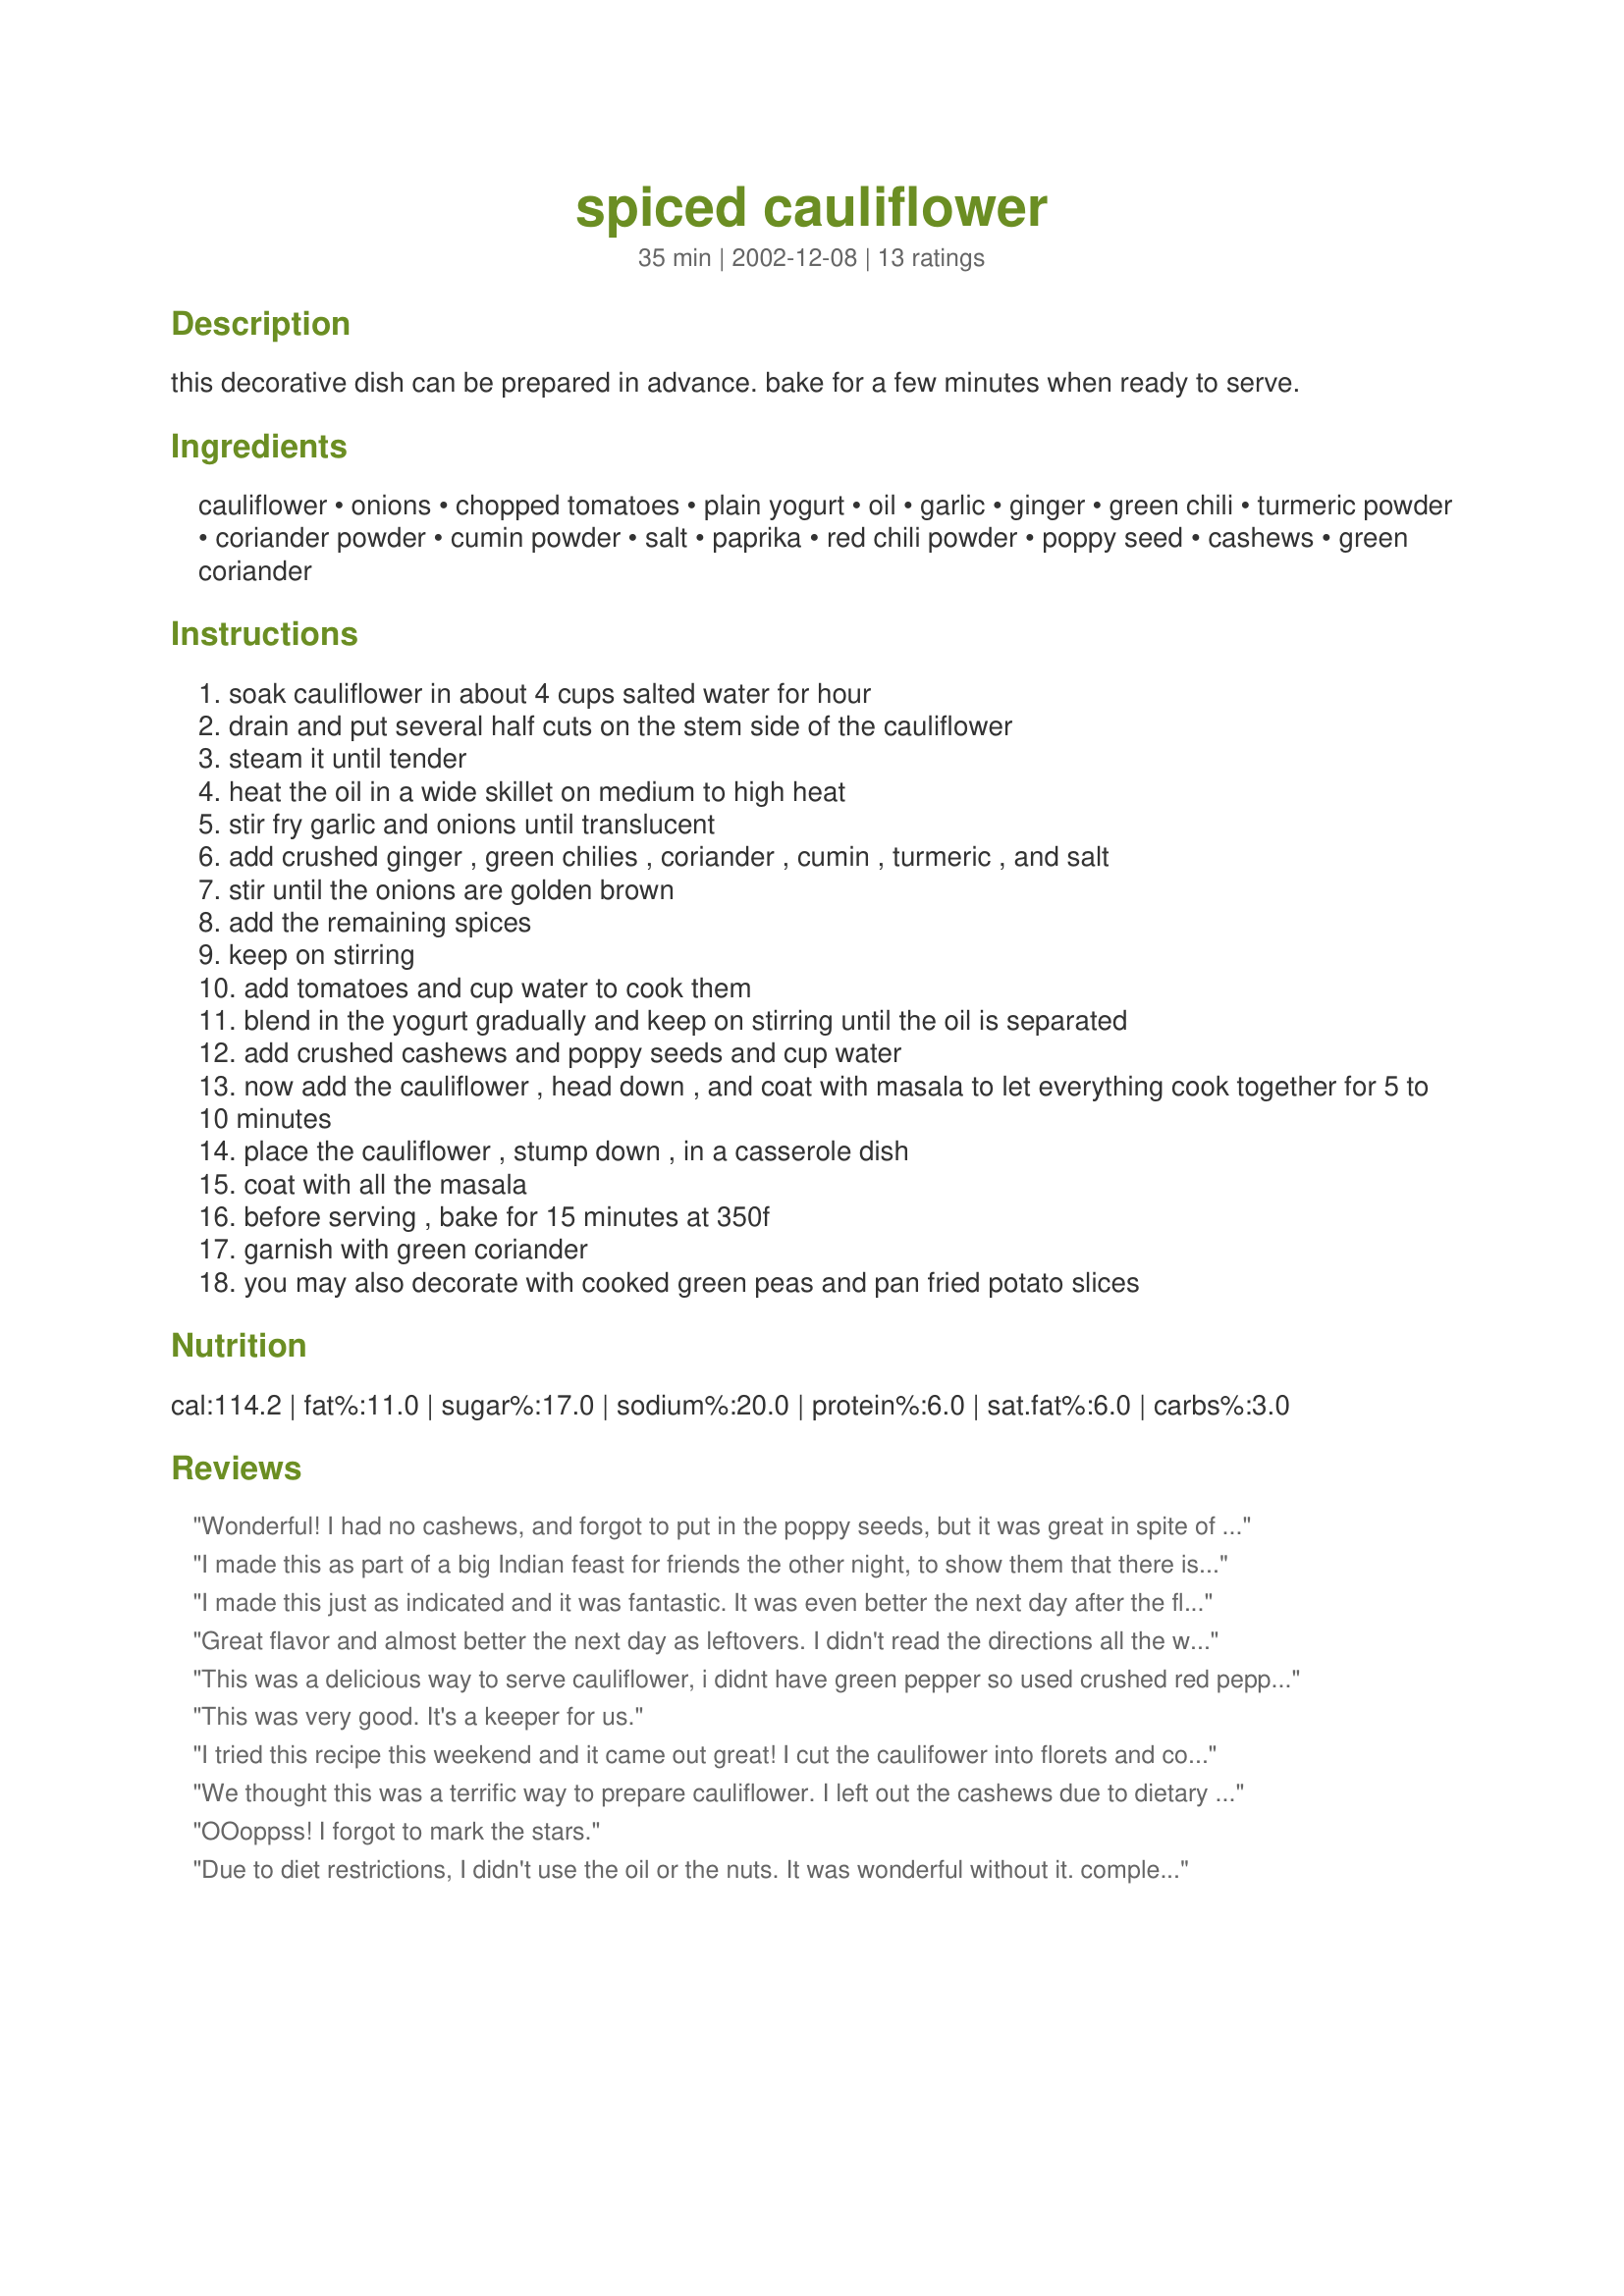
spiced cauliflower
Preparation time: 35 minutes

this decorative dish can be prepared in advance. bake for a few minutes when ready to serve.

Ingredients:
cauliflower, onions, chopped tomatoes, plain yogurt, oil, garlic, ginger, green chili, turmeric powder, coriander powder, cumin powder, salt, paprika, red chili powder, poppy seed, cashews, green coriander

Steps:
soak cauliflower in about 4 cups salted water for hour
drain and put several half cuts on the stem side of the cauliflower
steam it until tender
heat the oil in a wide skillet on medium to high heat
stir fry garlic and onions until translucent
add crushed ginger , green chilies , coriander , cumin , turmeric , and salt
stir until the onions are golden brown
add the remaining spices
keep on stirring
add tomatoes and cup water to cook them
blend in the yogurt gradually and keep on stirring until the oil is separated
add crushed cashews and poppy seeds and cup water
now add the cauliflower , head down , and coat with masala to let everything cook together for 5 to 10 minutes
place the cauliflower , stump down , in a casserole dish
coat with all the masala
before serving , bake for 15 minutes at 350f
garnish with green coriander
you may also decorate with cooked green peas and pan fried potato slices

Reviews:
Wonderful! I had no cashews, and forgot to put in the poppy seeds, but it was great in spite of this. This is a really hearty dish and could be served with brown rice as a meal.
I made this as part of a big Indian feast for friends the other night, to show them that there is more to Indian food than butter chicken! Everyone asked for the recipe and was amazed(?) vegetarian food could be so good. I made it ahead of time and then reheated it in the oven.
I made this just as indicated and it was fantastic. It was even better the next day after the flavors had had a chance to blend. Unfortunately, my DH ate almost all of the leftovers for lunch before I had a chance for seconds! I'm making it again this week. Great recipe, Kusum!
Great flavor and almost better the next day as leftovers. I didn't read the directions all the way through before starting, so I ended up pulling the cauliflower apart before steaming it. I then just put all the steamed cauliflower into the sauce and it still turned out great.
This was a delicious way to serve cauliflower, i didnt have green pepper so used crushed red pepper instead.
This was very good. It's a keeper for us.
I tried this recipe this weekend and it came out great! I cut the caulifower into florets and cooked them in the sauce (so I had to add a little more water which cooked off). It came out a tasty dish for our vegetarian potluck and everyone really ernjoyed it!
We thought this was a terrific way to prepare cauliflower.
I left out the cashews due to dietary restrictions but otherwise made as stated.
Thanks for a great way to serve this wonderful vegetable!
OOoppss! I forgot to mark the stars.
Due to diet restrictions, I didn't use the oil or the nuts. It was wonderful without it. complex taste with a lingering glow. Not too hot. It made a wonderful sandwich the next day. Never did anything like this with this type of recipe before. Couldn't stop eating it.
Delicious! I ended up cutting the cauliflower in to florets. I used less oil and crushed red pepper instead of dried green chilies and omitted the poppy seeds and cashews. I have never made anything like this before and I'm really looking forward to the leftovers. Thanks so much for posting!
We had this for lunch this afternoon. LOVELY! We started off by soaking the cauliflower in 2 tsps. of salted water. I brought down the amount of cooking oil to 1 1/2 tbsps. and lessened the red chilli powder to 1/4 tsp. and I used black pepper powder as a substitute for paprika (1/4 tsp.) as we can't have very spicy food (health and personal taste reasons).
I didn't have poppy seeds on hand and I had to leave that out as it's very difficult to get it in Oman. For the cashews, I used broken cashews which I powdered in my mixer (and obtained 2 tbsps. of coarsely powdered cashews) and then used. Before baking the cauliflower as in step 16, I tossed in 1 cup of boiled greenpeas into the dish that contained the cauliflower coated with the prepared masala. I had this with bread and later with plain rice and topped with a dollop of plain yogurt. YUMMY! :)
I was most excited with step 4 of this recipe of the microwave - REALLY WORKS SOO GOOD! A billion thanks for that.
This was wonderful. I didn't have cumin or coriander, so added a little curry powder instead. Also didn't have the poppy seeds or cashews; I'm sure they would have added a little extra something, but it was fabulous even without those things. We aren't vegetarians, but like to eat a lot of veggies, and it's always great to have a new way to prepare them. Thank you, Kusum, I'm looking forward to trying more of your recipes!
